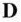
D